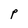
Character: p